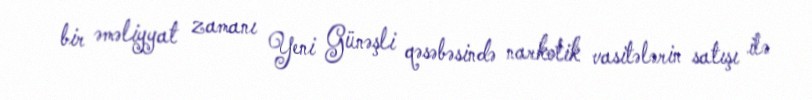
bir əməliyyat zamanı Yeni Günəşli qəsəbəsində narkotik vasitələrin satışı ilə